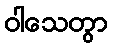
ဝါသေတွာ